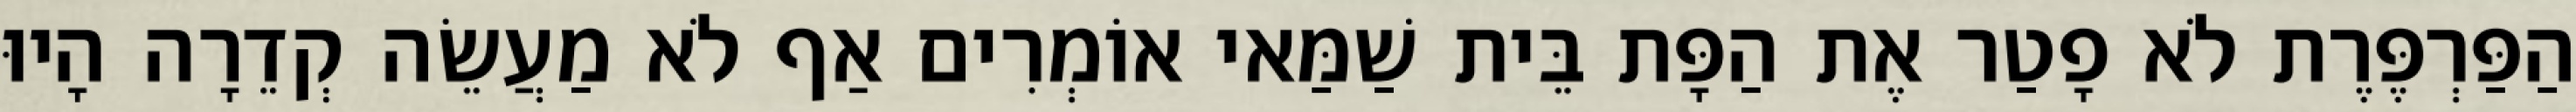
הַפַּרְפֶּרֶת לֹא פָטַר אֶת הַפָּת בֵּית שַׁמַּאי אוֹמְרִים אַף לֹא מַעֲשֵׂה קְדֵרָה הָיוּ